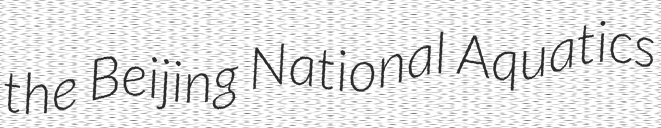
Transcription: the Beijing National Aquatics